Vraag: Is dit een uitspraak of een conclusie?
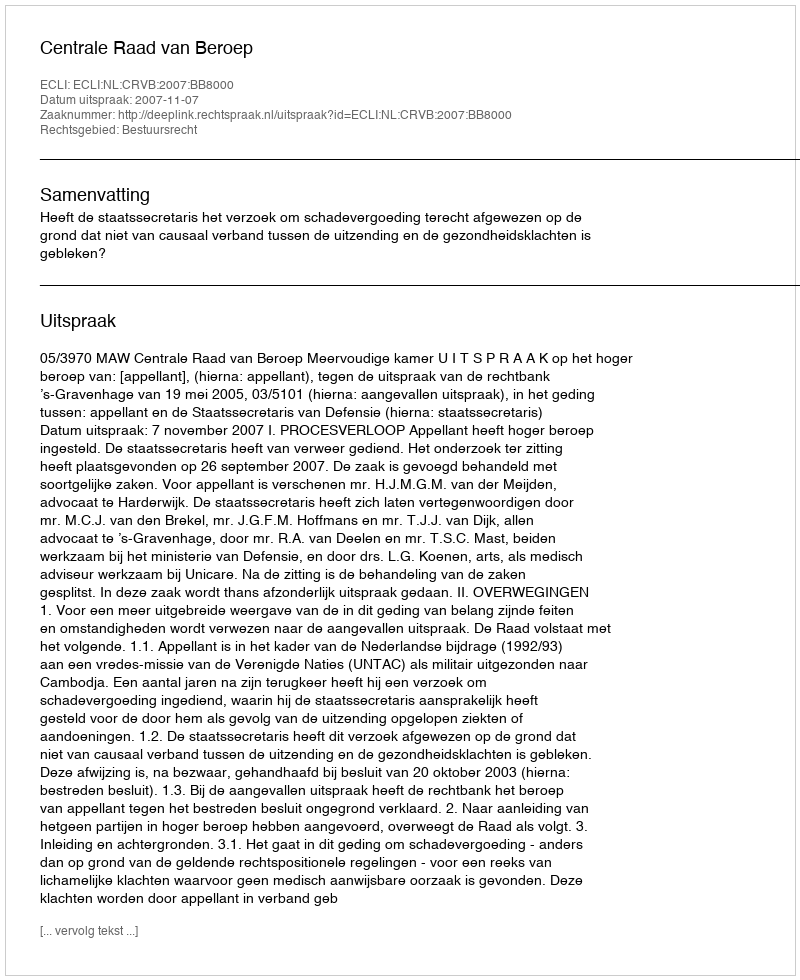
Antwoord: Uitspraak